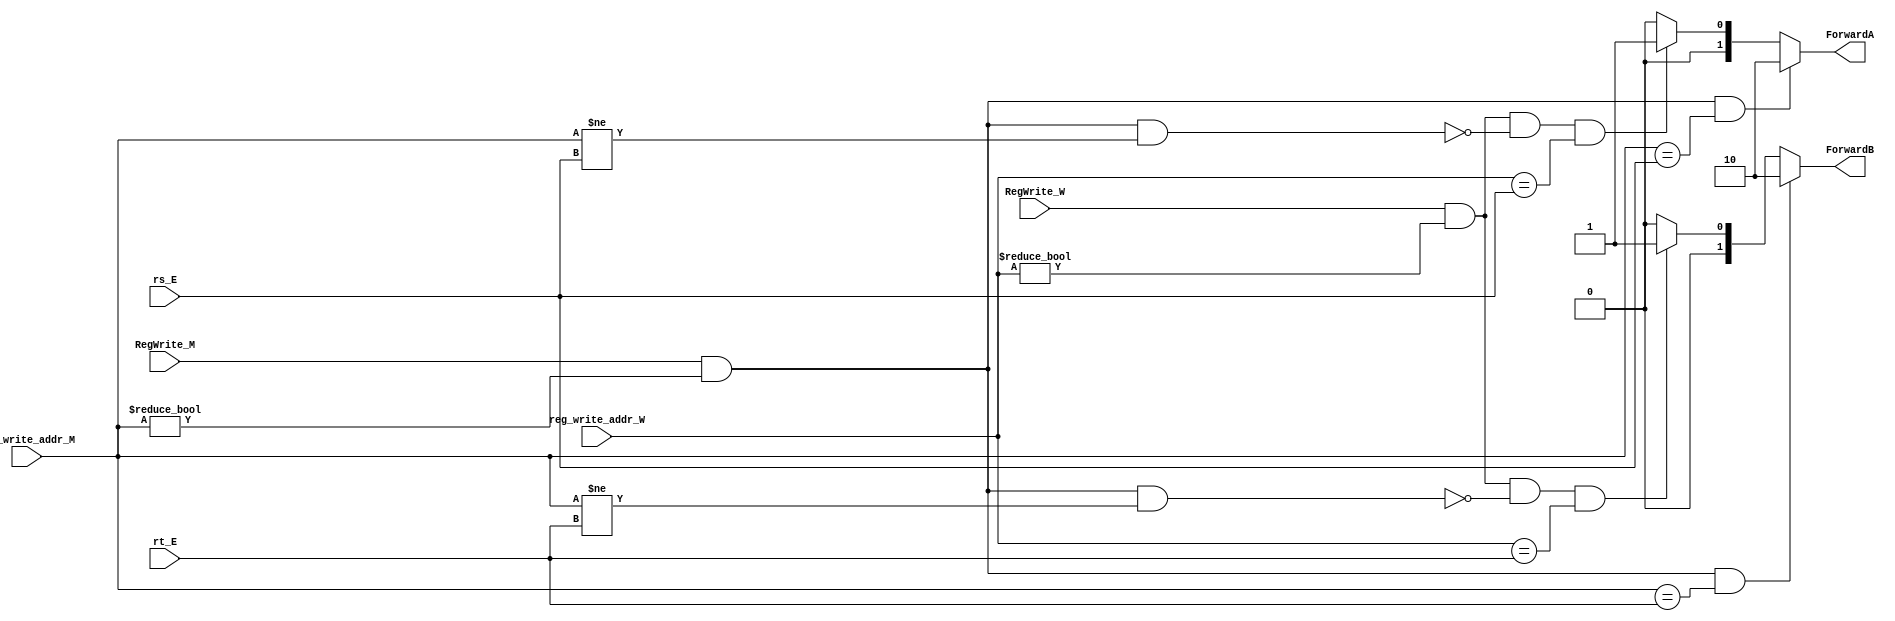
`timescale 1ns / 1ps
//////////////////////////////////////////////////////////////////////////////////
// Company: 
// Engineer: 
// 
// Design Name: 
// Module Name: ForwardingUnit
// Project Name: 
// Target Devices: 
// Tool Versions: 
// Description: 
// 
// Dependencies: 
// 
// Revision:
// Revision 0.01 - File Created
// Additional Comments:
// 
//////////////////////////////////////////////////////////////////////////////////


module ForwardingUnit(
    input [4:0] rs_E,
    input [4:0] rt_E,
    input RegWrite_M,
    input RegWrite_W,
    input [4:0] reg_write_addr_M,
    input [4:0] reg_write_addr_W,
    
    output reg [1:0] ForwardA,
    output reg [1:0] ForwardB
);
    
    always @(*) begin
        if (RegWrite_M == 1'b1 && (reg_write_addr_M != 5'd0) && (reg_write_addr_M == rs_E)) begin
            ForwardA <= 2'b10;
        end else if (RegWrite_W == 1'b1 && (reg_write_addr_W != 5'd0) && !(RegWrite_M && (reg_write_addr_M != 0) && (reg_write_addr_M != rs_E)) && (reg_write_addr_W == rs_E)) begin
            ForwardA <= 2'b01;
        end else begin
            ForwardA <= 2'b00;
        end
        
        if (RegWrite_M == 1'b1 && (reg_write_addr_M != 5'd0) && (reg_write_addr_M == rt_E)) begin
            ForwardB <= 2'b10;
        end else if (RegWrite_W == 1'b1 && (reg_write_addr_W != 5'd0) && !(RegWrite_M && (reg_write_addr_M != 0) && (reg_write_addr_M != rt_E)) && (reg_write_addr_W == rt_E)) begin
            ForwardB <= 2'b01;
        end else begin
            ForwardB <= 2'b00;
        end
    end
        
endmodule